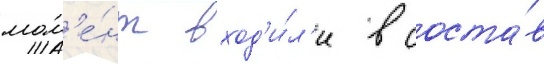
мом'е́нт вход'и́л'и в соста́в